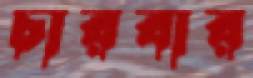
চারবার